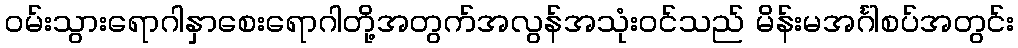
ဝမ်းသွားရောဂါနှာစေးရောဂါတို့အတွက်အလွန်အသုံးဝင်သည် မိန်းမအင်္ဂါစပ်အတွင်း